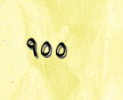
٩٥٥